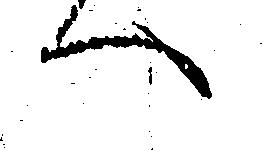
へ